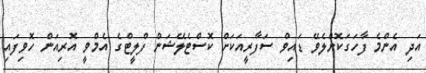
އަދި އެންމެ ފާހަގަކޮށްލެވޭ ޑައިވް ސަފާރީއަކަށް ކޮސްޓެލޭޝަން ފްލީޓްގެ އެމްވީ އޮރިއަން ހޮވިފައި